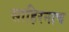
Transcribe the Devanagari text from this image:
साहिरनाच